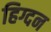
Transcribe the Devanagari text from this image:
हिग्दन